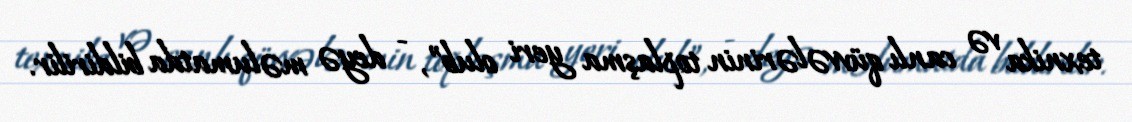
texnika və canlı qüvvələrinin toplaşma yeri olub”, - deyə məlumatda bildirilir.